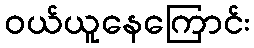
ဝယ်ယူနေကြောင်း